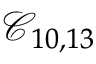
\mathcal { C } _ { 1 0 , 1 3 }